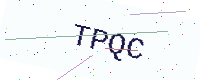
Text: TPQC